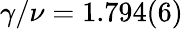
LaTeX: \gamma/\nu=1.794(6)